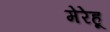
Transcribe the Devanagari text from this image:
मेरेहू